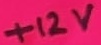
Text: +12V